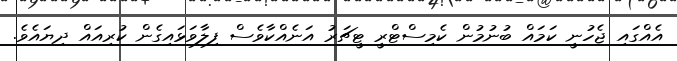
އެއްގައި ޖެހުނީ ކަމައް ބުނުމުން ކެމިސްޓްރީ ޓީޗަރު އަނެއްކާވެސް ފިލާވަޅައިގެން ކުރިއައް ދިޔައެވެ.